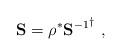
LaTeX: \begin{align*}{\bf S}=\rho^{*}{{\bf S}^{-1}}^{\dagger} \,\,,\end{align*}